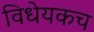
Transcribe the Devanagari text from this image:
विधेयकच